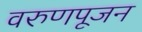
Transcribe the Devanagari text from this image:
वरुणपूजन